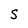
Character: S